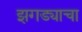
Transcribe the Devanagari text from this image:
झगड्याचा